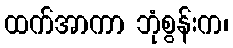
ထက်အာကာ ဘုံစွန်းက၊